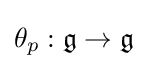
\theta _{p}:{\mathfrak {g}}\to {\mathfrak {g}}